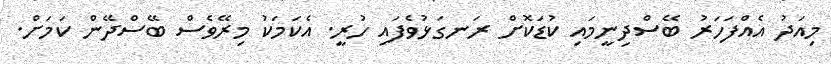
މިއަދު އެއްފަހަރު ބޭސްދިނީމައި ކުޑަކޮށް ރަނގަޅުވެފައި ހުރީ. އެކަމަކު މިރޭވެސް ބޭސްދޭން ކަމަށް.